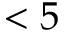
< 5